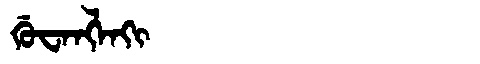
Manchu: ᡤᡠᠸᠠᠩᠯᠠᡴᡳ
Romanization: GUWANGLAKI